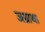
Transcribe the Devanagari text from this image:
जग्राथा